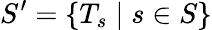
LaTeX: S^{\prime}=\{ T_{s}\mid s\in S\}